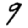
Digit: 9